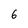
Character: 6